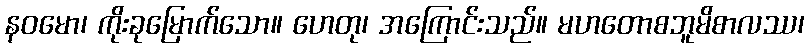
နဝမော၊ ကိုးခုမြောက်သော။ ဟေတု၊ အကြောင်းသည်။ မဟတောစဘူမိစာလဿ၊